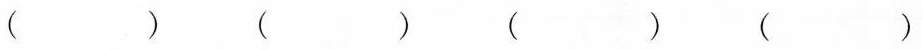
（ ） （ ） （ ） （ ）